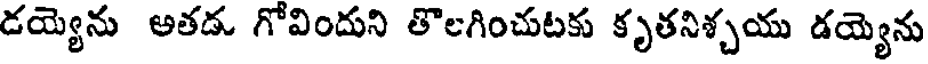
డయ్యెను అతడు గోవిందుని తొలగించుటకు కృతనిశ్చయు డయ్యెను